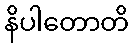
နိပါတောတိ